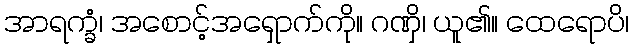
အာရက္ခံ၊ အစောင့်အရှောက်ကို။ ဂဏှိ၊ ယူ၏။ ထေရောပိ၊